General report no. 6 on the lunatic asylums, vaccination and dispensaries in the Bengal Presidency, 1873 -
Year: 1873
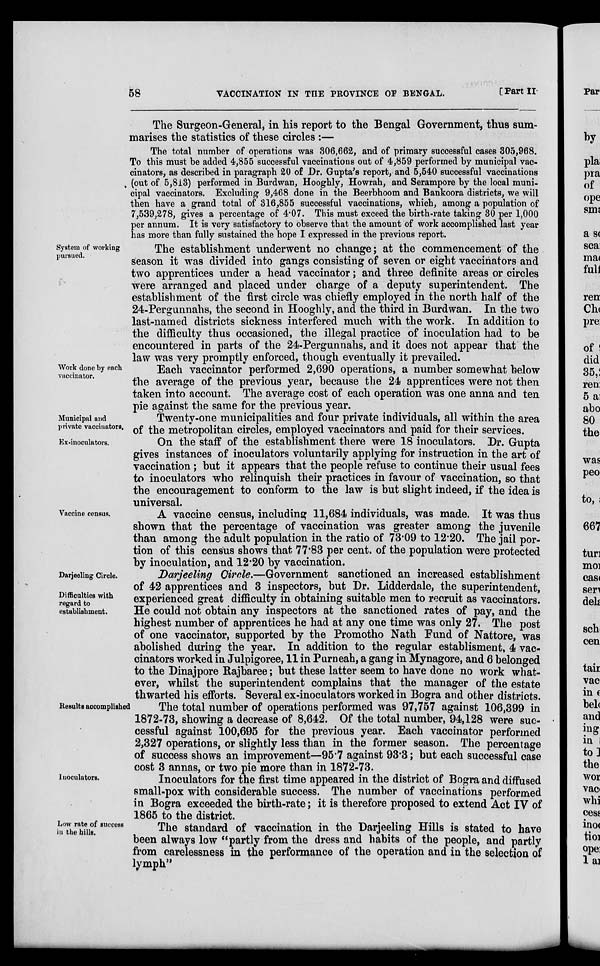
58
VACCINATION IN THE PROVINCE OF BENGAL.
[Part II
The Surgeon-General, in his report to the Bengal Government, thus sum-
marises the statistics of these circles :—
The total number of operations was 306,662, and of primary successful cases 305,968.
To this must be added 4,855 successful vaccinations out of 4,859 performed by municipal vac-
cinators, as described in paragraph 20 of Dr. Gupta's report, and 5,540 successful vaccinations
(out of 5,813) performed in Burdwan, Hooghly, Howrah, and Serampore by the local muni-
cipal vaccinators. Excluding 9,468 done in the Beerbhoom and Bankoora districts, we will
then have a grand total of 316,855 successful vaccinations, which, among a population of
7,539,278, gives a percentage of 4.07. This must exceed the birth-rate taking 30 per 1,000
per annum. It is very satisfactory to observe that the amount of work accomplished last year
has more than fully sustained the hope I expressed in the previous report.
System of working
pursued.
The establishment underwent no change; at the commencement of the
season it was divided into gangs consisting of seven or eight vaccinators and
two apprentices under a head vaccinator; and three definite areas or circles
were arranged and placed under charge of a deputy superintendent. The
establishment of the first circle was chiefly employed in the north half of the
24-Pergunnahs, the second in Hooghly, and the third in Burdwan. In the two
last-named districts sickness interfered much with the work. In addition to
the difficulty thus occasioned, the illegal practice of inoculation had to be
encountered in parts of the 24-Pergunnahs, and it does not appear that the
law was very promptly enforced, though eventually it prevailed.
Work done by each
vaccinator.
Each vaccinator performed 2,690 operations, a number somewhat below
the average of the previous year, because the 24 apprentices were not then
taken into account. The average cost of each operation was one anna and ten
pie against the same for the previous year.
Municipal and
private vaccinators.
Twenty-one municipalities and four private individuals, all within the area
of the metropolitan circles, employed vaccinators and paid for their services.
Ex-inoculators.
On the staff of the establishment there were 18 inoculators. Dr. Gupta
gives instances of inoculators voluntarily applying for instruction in the art of
vaccination ; but it appears that the people refuse to continue their usual fees
to inoculators who relinquish their practices in favour of vaccination, so that
the encouragement to conform to the law is but slight indeed, if the idea is
universal.
Vaccine census.
A vaccine census, including 11,684 individuals, was made. It was thus
shown that the percentage of vaccination was greater among the juvenile
than among the adult population in the ratio of 73.09 to 12.20. The jail por-
tion of this census shows that 77.83 per cent. of the population were protected
by inoculation, and 12.20 by vaccination.
Darjeeling Circle.
Difficulties with
regard to
establishment.
Darjeeling Circle.—Government sanctioned an increased establishment
of 42 apprentices and 3 inspectors, but Dr. Lidderdale, the superintendent,
experienced great difficulty in obtaining suitable men to recruit as vaccinators.
He could not obtain any inspectors at the sanctioned rates of pay, and the
highest number of apprentices he had at any one time was only 27. The post
of one vaccinator, supported by the Promotho Nath Fund of Nattore, was
abolished during the year. In addition to the regular establisment, 4 vac-
cinators worked in Julpigoree, 11 in Purneah, a gang in Mynagore, and 6 belonged
to the Dinajpore Rajbaree; but these latter seem to have done no work what-
ever, whilst the superintendent complains that the manager of the estate
thwarted his efforts. Several ex-inoculators worked in Bogra and other districts.
Results accomplished
The total number of operations performed was 97,757 against 106,399 in
1872-73, showing a decrease of 8,642. Of the total number, 94,128 were suc-
cessful against 100,695 for the previous year. Each vaccinator performed
2,327 operations, or slightly less than in the former season. The percentage
of success shows an improvement—95.7 against 93.3; but each successful case
cost 3 annas, or two pie more than in 1872-73.
Inoculators.
Inoculators for the first time appeared in the district of Bogra and diffused
small-pox with considerable success. The number of vaccinations performed
in Bogra exceeded the birth-rate; it is therefore proposed to extend Act IV of
1865 to the district.
Low rate of success
in the hills.
The standard of vaccination in the Darjeeling Hills is stated to have
been always low "partly from the dress and habits of the people, and partly
from carelessness in the performance of the operation and in the selection of
lymph"